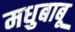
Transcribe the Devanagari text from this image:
मधुबाबू